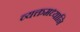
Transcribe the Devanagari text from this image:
व्यक्तमध्यानि